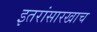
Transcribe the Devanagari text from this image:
इतरांसारखाच